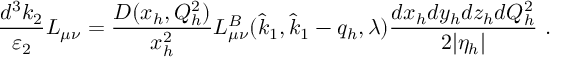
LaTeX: \frac { d ^ { 3 } k _ { 2 } } { \varepsilon _ { 2 } } L _ { \mu \nu } = \frac { D ( x _ { h } , Q _ { h } ^ { 2 } ) } { x _ { h } ^ { 2 } } L _ { \mu \nu } ^ { B } ( \hat { k } _ { 1 } , \hat { k } _ { 1 } - q _ { h } , \lambda ) \frac { d x _ { h } d y _ { h } d z _ { h } d Q _ { h } ^ { 2 } } { 2 | \eta _ { h } | } \ .